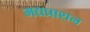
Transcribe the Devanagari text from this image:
मद्यप्राशन